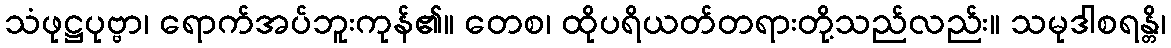
သံဖုဋ္ဌပုဗ္ဗာ၊ ရောက်အပ်ဘူးကုန်၏။ တေစ၊ ထိုပရိယတ်တရားတို့သည်လည်း။ သမုဒါစရန္တိ၊